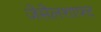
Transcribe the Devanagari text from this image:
जेसेलशाफ्ट